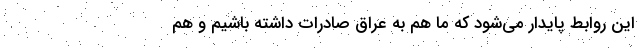
این روابط پایدار می‌شود که ما هم به عراق صادرات داشته باشیم و هم